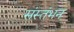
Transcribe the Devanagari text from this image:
संस्तंभन